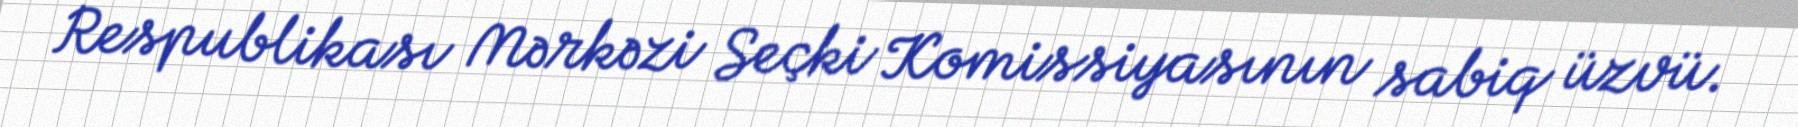
Respublikası Mərkəzi Seçki Komissiyasının sabiq üzvü.